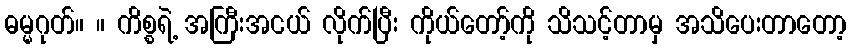
ဓမ္မဂုတ်။ ။ ကိစ္စရဲ့ အကြီးအငယ် လိုက်ပြီး ကိုယ်တော့်ကို သိသင့်တာမှ အသိပေးတာတော့